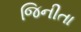
જિનીતા